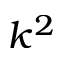
k ^ { 2 }